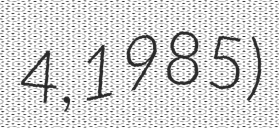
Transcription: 4, 1985)